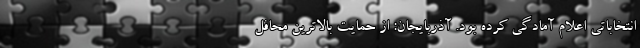
انتخاباتی اعلام آمادگی کرده بود. آذربایجان: از حمایت بالاترین محافل